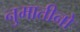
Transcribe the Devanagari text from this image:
नुमातीनो